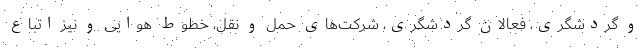
و گردشگری، فعالان گردشگری، شرکت‌های حمل و نقل، خطوط هوایی و نیز اتباع